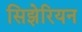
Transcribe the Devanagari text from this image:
सिझेरियन